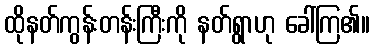
ထိုနတ်ကွန်းတန်းကြီးကို နတ်ရွာဟု ခေါ်ကြ၏။